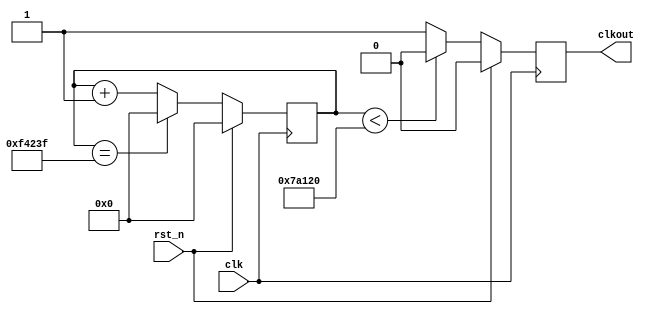
module divide(
	clk,
	rst_n,
	clkout,
);

	input clk,rst_n;
	//led displaying clock
	output clkout;
	reg clk_p,clk_n;
	
	//parameter for variables, or macro
	//counter max: 2 ^ width - 1
	//N = 12000000, WIDTH = 24, cycling 1s
	parameter WIDTH = 24;
	//division: N < 2 ^ width - 1
	parameter N = 1000000;
	
	//p for posedge, n for negedge
	reg[WIDTH - 1:0] cnt_p,cnt_n;
	
	
	//posedge triggered counter
	//do when clk posedge or rst_n negedge arrives
	always@(posedge clk)
		begin
		//counter counts unless N-1 reached
			if(!rst_n)
				begin
					if(cnt_p == (N - 1))
						cnt_p <= 0;
					else
						cnt_p <= cnt_p + 1;
				end
			else
				cnt_p <= 0;
		end
		
	//posedge triggered clk division
	always@(posedge clk)
		begin
			if(!rst_n)
				begin
					if(cnt_p < (N >> 1))
						clk_p <= 0;
					else
						clk_p <= 1;
				end
			else
				clk_p <= 0;
		end
	
	//negedge triggered counter
	always@(negedge clk)
		begin	
			if(!rst_n)
				begin
					if(cnt_n == (N - 1))
						cnt_n <= 0;
					else
						cnt_n <= cnt_n + 1;
				end
			else
				cnt_n <= 0;
		end
	
	//negedge triggered clk division
	always@(negedge clk)
		begin
			if(!rst_n)
				begin
					if(cnt_n < (N >> 1))
						clk_n <= 0;
					else
						clk_n <= 1;
				end
			else
				clk_n <= 0;
		end
		
	//judging
	//print clk when N == 1
	//print clk_p when N even, min bit is 0
	//print clk_p&clk_n when N odd, min bit is 1
	assign clkout = (N == 1) ? clk : (N[0]) ? (clk_p & clk_n) : clk_p;

endmodule